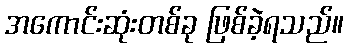
အကောင်းဆုံးတစ်ခု ဖြစ်ခဲ့ရသည်။